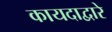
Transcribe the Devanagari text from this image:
कायदाद्वारे